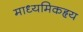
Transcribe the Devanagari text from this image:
माध्यमिकहृय